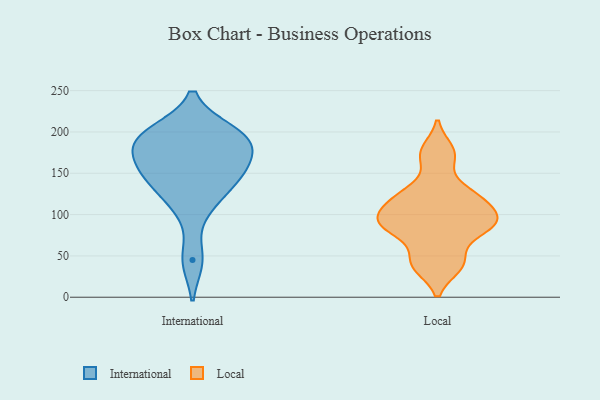
{"axis": {"x": "Conversion Rate (%)", "y": "Value"}, "legend": ["International", "Local"], "data": [{"x": "", "y": 110, "type": "International"}, {"x": "", "y": 199, "type": "International"}, {"x": "", "y": 131, "type": "International"}, {"x": "", "y": 152, "type": "International"}, {"x": "", "y": 153, "type": "International"}, {"x": "", "y": 153, "type": "International"}, {"x": "", "y": 200, "type": "International"}, {"x": "", "y": 45, "type": "International"}, {"x": "", "y": 185, "type": "International"}, {"x": "", "y": 187, "type": "International"}, {"x": "", "y": 184, "type": "International"}, {"x": "", "y": 121, "type": "Local"}, {"x": "", "y": 96, "type": "Local"}, {"x": "", "y": 38, "type": "Local"}, {"x": "", "y": 178, "type": "Local"}, {"x": "", "y": 109, "type": "Local"}, {"x": "", "y": 130, "type": "Local"}, {"x": "", "y": 49, "type": "Local"}, {"x": "", "y": 37, "type": "Local"}, {"x": "", "y": 81, "type": "Local"}, {"x": "", "y": 121, "type": "Local"}, {"x": "", "y": 86, "type": "Local"}, {"x": "", "y": 100, "type": "Local"}, {"x": "", "y": 88, "type": "Local"}, {"x": "", "y": 84, "type": "Local"}, {"x": "", "y": 169, "type": "Local"}]}